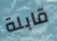
قابلة